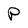
Character: P